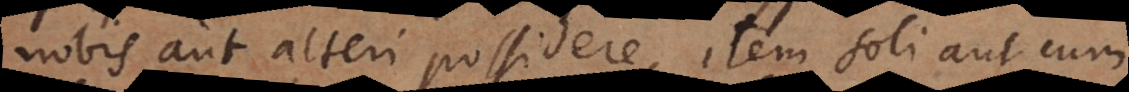
nobis aut alteri possidere, item soli aut cum